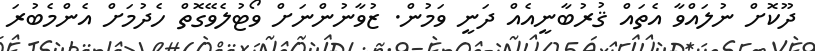
ދޫކޮށް ނުލައްވާ އެތައް ޤުރުބާނީއެއް ދަނީ ވަމުން. ޒުވާނުންނަށް ވޯޓުލެވޭގޮތް ހެދުމަށް އެންމެބުރަ